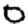
Digit: 0